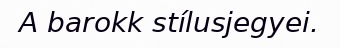
A barokk stílusjegyei.